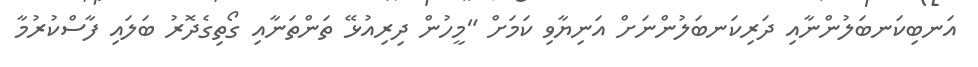
އަނބިކަނބަލުންނާއި ދަރިކަނބަލުންނަށް އަނިޔާވި ކަމަށް "މީހުން ދިރިއުޅޭ ތަންތަނާއި ގޯތިގެދޮރު ބަލައި ފާސްކުރުމާ